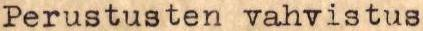
Perustusten vahvistus